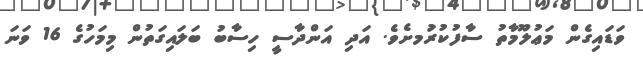
ވަޑައިގެން މަޢުލޫމާތު ސާފުކުރުަމށެވެ. އަދި އަންދާސީ ހިސާބު ބަލައިގަތުން މިމަހުގެ 16 ވަނަ